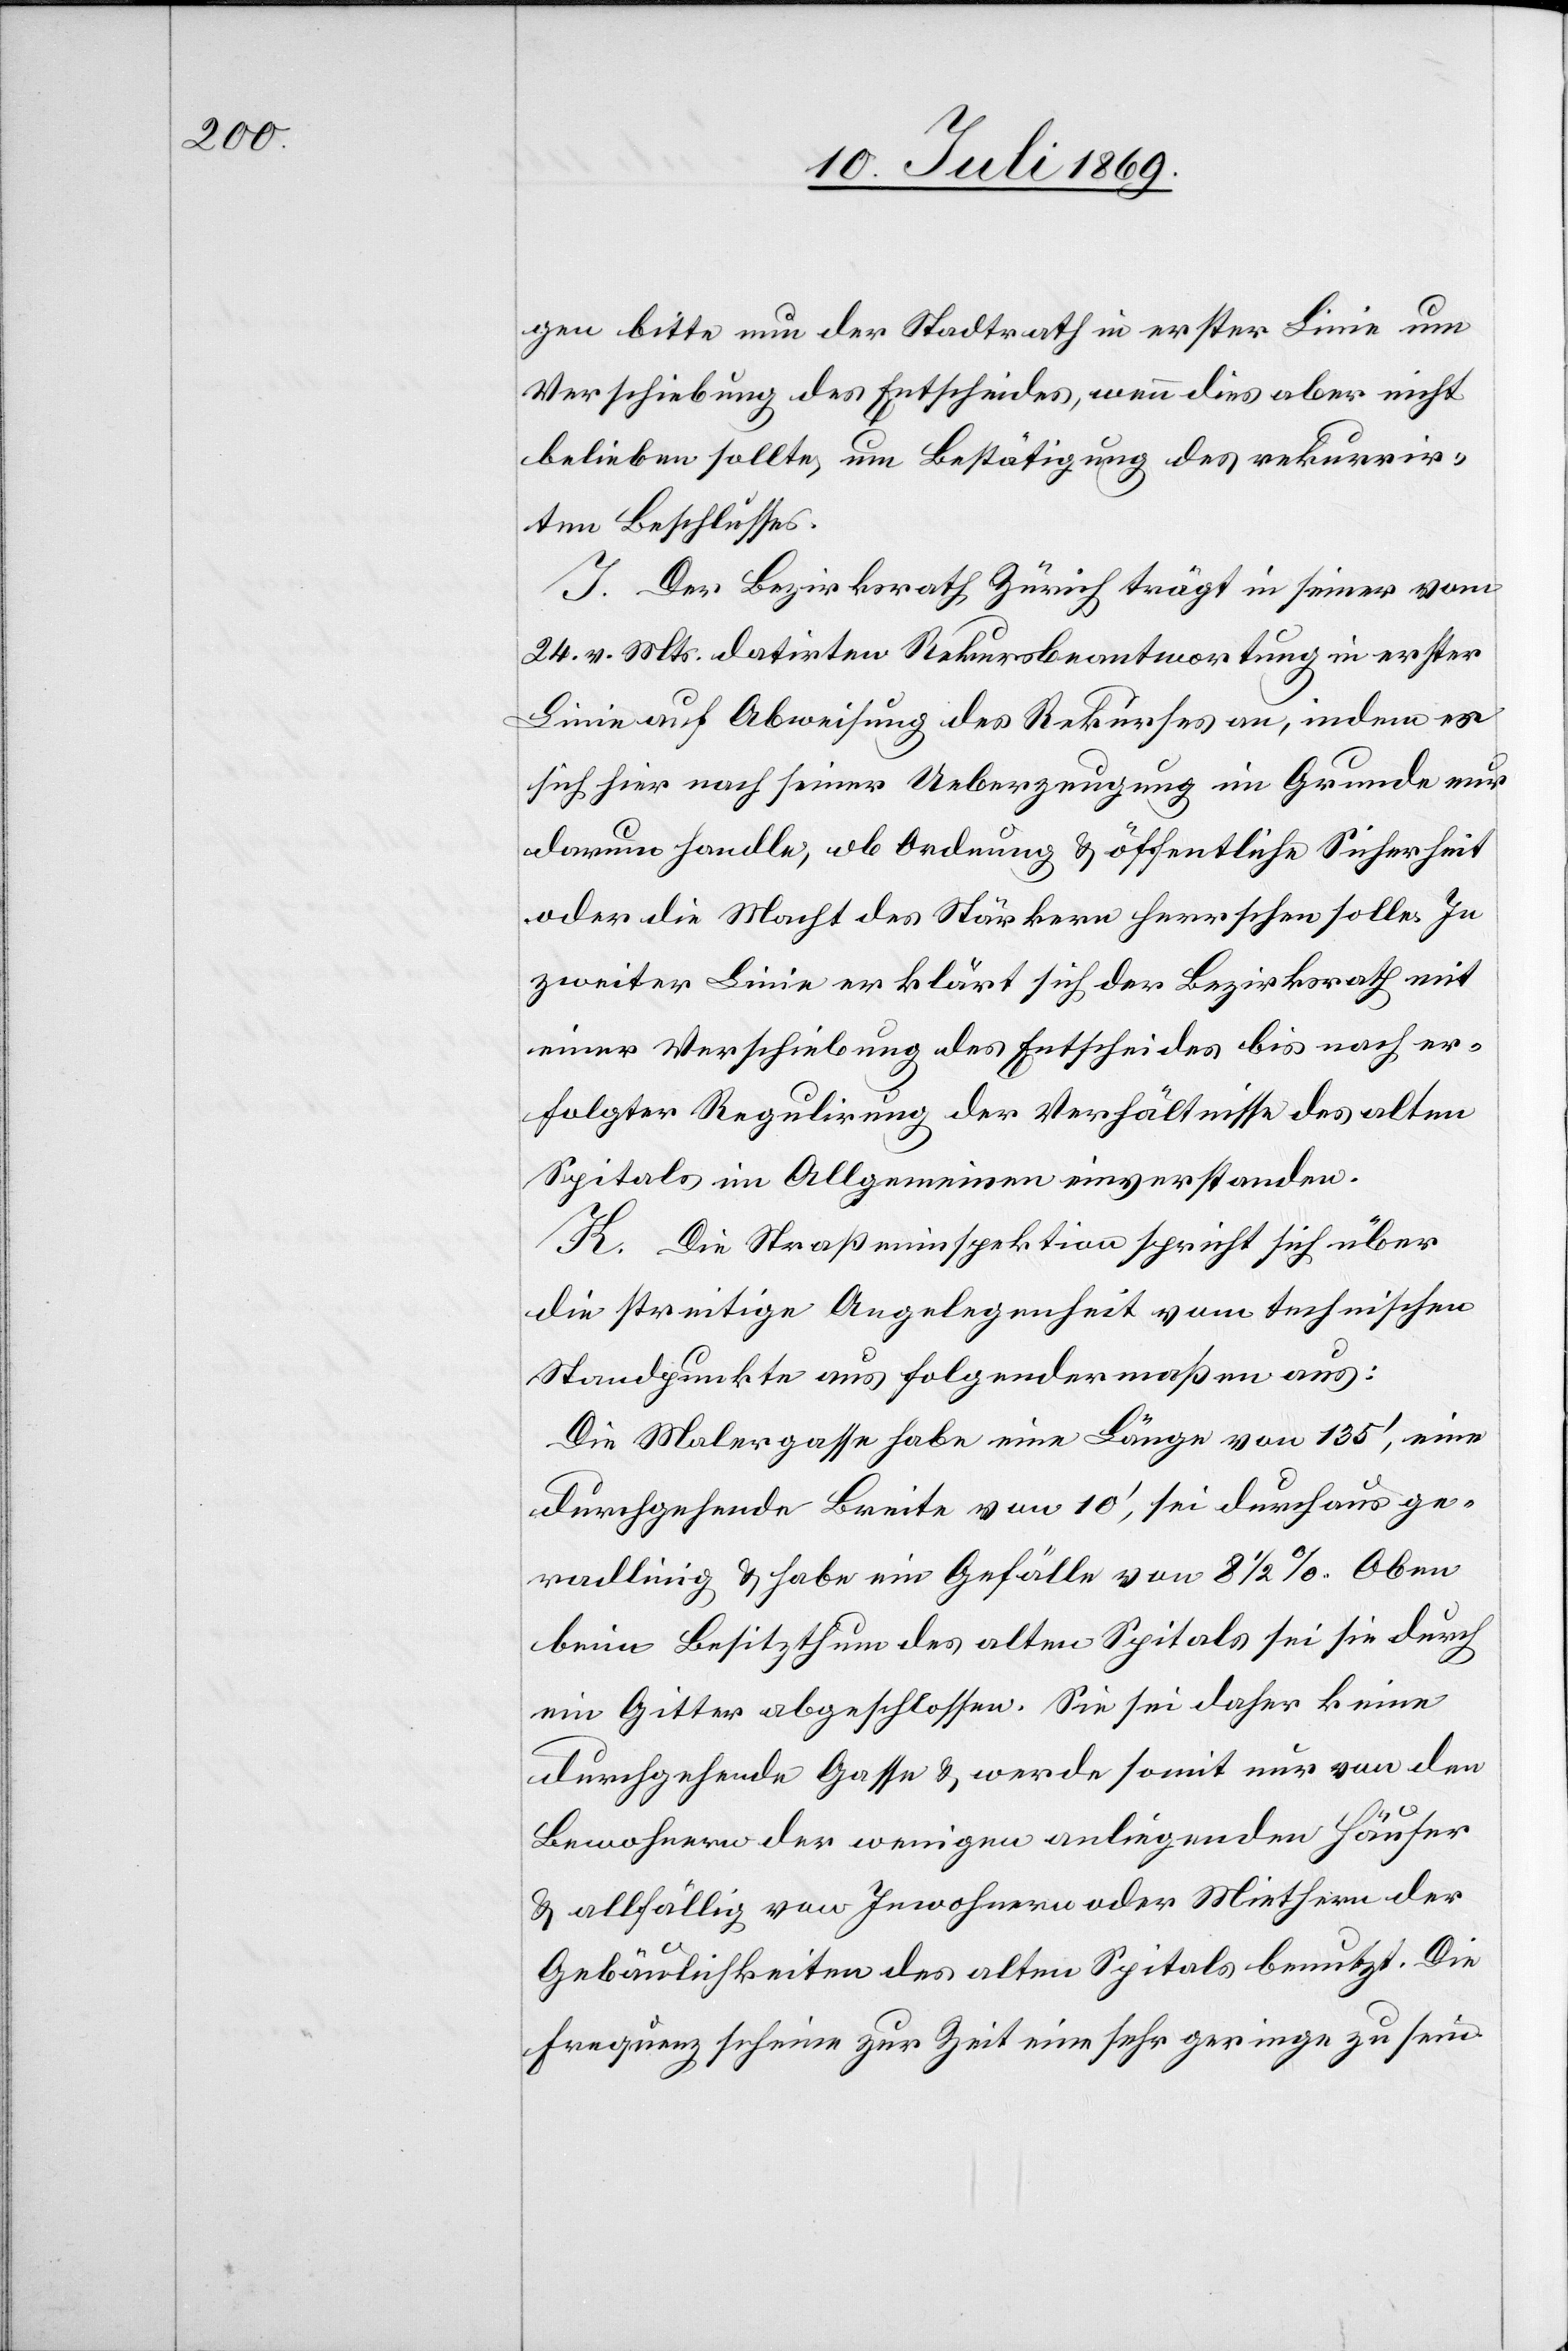
gen bitte nun der Stadtrath in erster Linie um
Verschiebung des Entscheides, wenn dies aber nicht
belieben sollte, um Bestätigung des rekurrir¬
ten Beschlusses.
J. Der Bezirksrath Zürich trägt in seiner vom
24 v. Mts. datirten Rekursbeantwortung in erster
Linie auf Abweisung des Rekurses an, indem es
sich hier nach seiner Ueberzeugung im Grunde nur
darum handle, ob Ordnung u. öffentliche Sicherheit
oder die Macht des Stärkeren herrschen solle. In
zweiter Linie erklärt sich der Bezirksrath mit
einer Verschiebung des Entscheides bis nach er¬
folgter Regulirung der Verhältnisse des alten
Spitals im Allgemeinen einverstanden.
H. Die Straßeninspektion spricht sich über
die streitige Angelegenheit vom technischen
Standpunkte aus folgendermaßen aus:
Die Malergasse habe eine Länge von 135’, eine
durchgehende Breite von 10’, sei durchaus ge¬
radlinig u. habe ein Gefälle von 8 1/2 %. Oben
beim Besitzthum des alten Spitals sei sie durch
ein Gitter abgeschlossen. Sie sei daher keine
durchgehende Gasse u. werde somit nur von den
Bewohnern der wenigen anliegenden Häuser
u. allfällig von Inwohnern oder Miethern der
Gebäulichkeiten des alten Spitals benutzt. Die
Frequenz scheine zur Zeit eine sehr geringe zu sein.